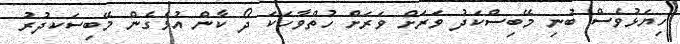
ހިޔަޅުވެސް ބުނި މޭބިސްކަދު ވަރަށް ވަރަށް ހުތްވާހަކަ ދޯ ކާން އުޅެގެން މޭބިސަކދުރު